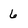
Character: 6